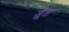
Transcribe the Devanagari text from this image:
ज़ूता